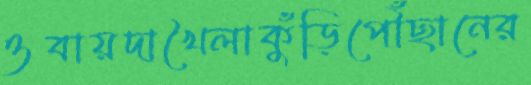
ওবায়দাখৈলাকুঁড়িপৌঁছানের